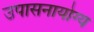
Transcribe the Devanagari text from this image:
उपासनायोग्य